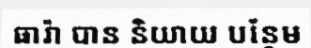
ធារ៉ា បាន និយាយ បន្ថែម